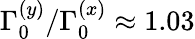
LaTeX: \Gamma_{0}^{(y)}/\Gamma_{0}^{(x)}\approx 1.03